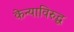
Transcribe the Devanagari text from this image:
केन्याविरुद्ध